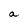
Character: a